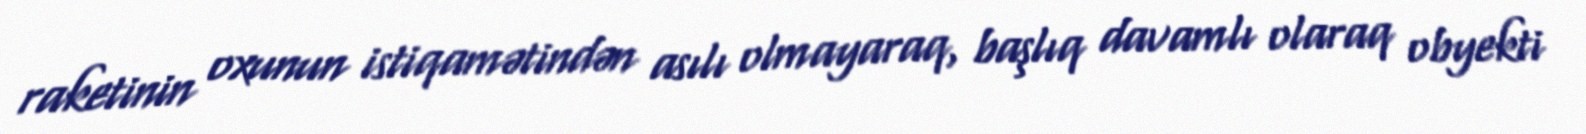
raketinin oxunun istiqamətindən asılı olmayaraq, başlıq davamlı olaraq obyekti